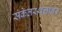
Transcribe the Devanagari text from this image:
संकेतस्थलांवर